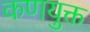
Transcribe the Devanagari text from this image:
कणयुक्त